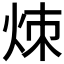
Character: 𬊃